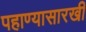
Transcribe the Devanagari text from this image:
पहाण्यासारखीं